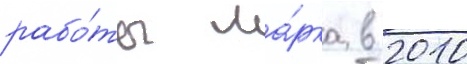
рабо́ты ма́рка в 2010